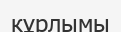
кұрлымы